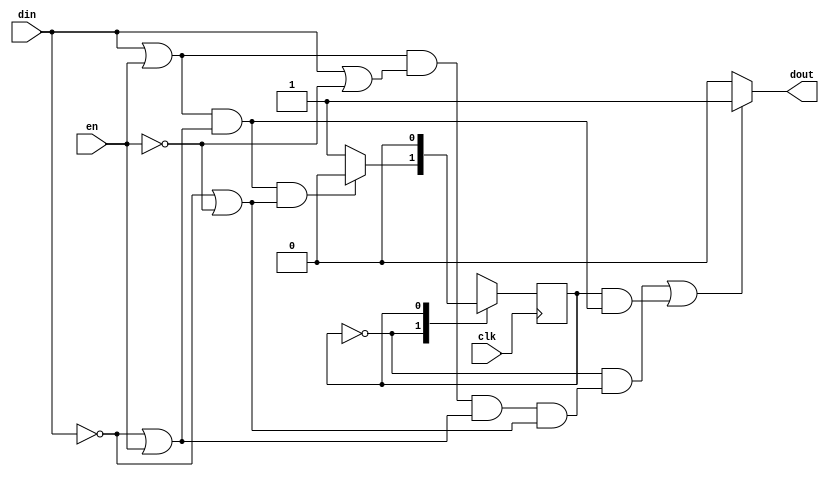
module fsm(din, en, dout, clk);
   input clk;
   input din;
   input en;
   output dout;
   reg [0:0] state;
   
   assign dout = ((state == 0) && ((((din || en) && (din || !en)) && (!din || en)) && (!din || !en)) || (state == 1) && ((din || en) && (!din || en))) ? 1 : 0;
   
   initial
     begin
	state = 0;
     end
   
   always @(posedge clk)
     begin
	case(state)
	  0: if ((((din || en) && (!din || en)) && (!din || !en)))
            state <= 0;
          else 
            state <= 1;

	  1: if (1)
            state <= 0;
          else 
            state <= 1;

	endcase
     end // always @ (posedge clk)

`ifdef FPV_CHECK
   // Formal Properties
   default clocking fpv_clk @(posedge clk); endclocking
   // 1) (G (en) -> (X dout <-> din))
   // 2) (G (!en) -> (X dout <-> dout))
   property ap1_check;
      (en && din |-> ##1 dout == $past(din)); 
   endproperty // ap1_check
   ap1_check_assert: cover property (ap1_check);
   
   property ap2_check;
      (!en && din |-> ##1 $stable(dout));
   endproperty // ap2_check
   ap2_check_assert: cover property (ap2_check);
`endif //  `ifdef FPV_CHECK
endmodule // fsm